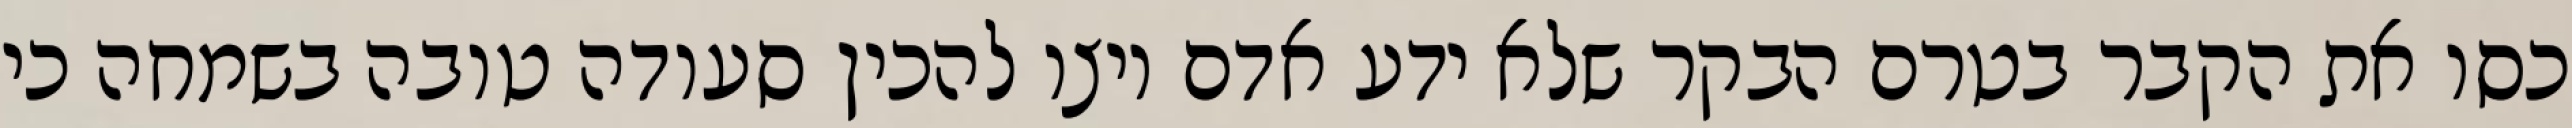
כסו את הקבר בטרם הבקר שלא ידע אדם ויצו להכין סעודה טובה בשמחה כי